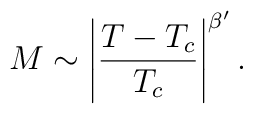
M \sim \Bigg| \frac{T - T_c}{T_c} \Bigg|^{\beta'}\,.